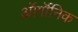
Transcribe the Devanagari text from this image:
ऑर्गॉनिक